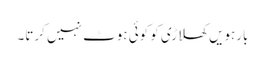
بارہویں کھلاڑی کو کوئی ہوٹ نہیں کرتا۔